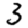
Digit: 3